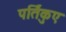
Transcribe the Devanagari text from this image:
पर्तिकुए